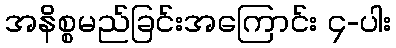
အနိစ္စမည်ခြင်းအကြောင်း ၄-ပါး